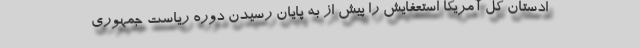
ادستان کل آمریکا استعفایش را پیش از به پایان رسیدن دوره ریاست جمهوری